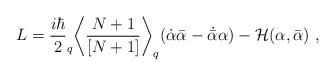
\begin{align*}L=\frac{i\hbar}{2} _q\biggl<\frac{N+1}{[N+1]}\biggr>_q(\dot{\alpha}\bar{\alpha}-\dot{\bar{\alpha}}\alpha )-{\cal H}(\alpha,\bar{\alpha})\ ,\end{align*}